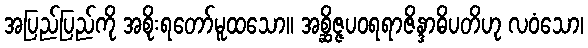
အပြည်ပြည်ကို အစိုးရတော်မူထသော။ အစ္ဆိဇ္ဇပဝရရာဇိန္ဒာဓိပတိဟု လဝံသော၊